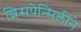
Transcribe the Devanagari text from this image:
शिसपेन्सिलीने